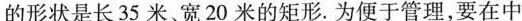
的形状是长 35 米宽 20 米的矩形。为便于管理，要在中